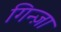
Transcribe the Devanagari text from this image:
गिन्ज़ा